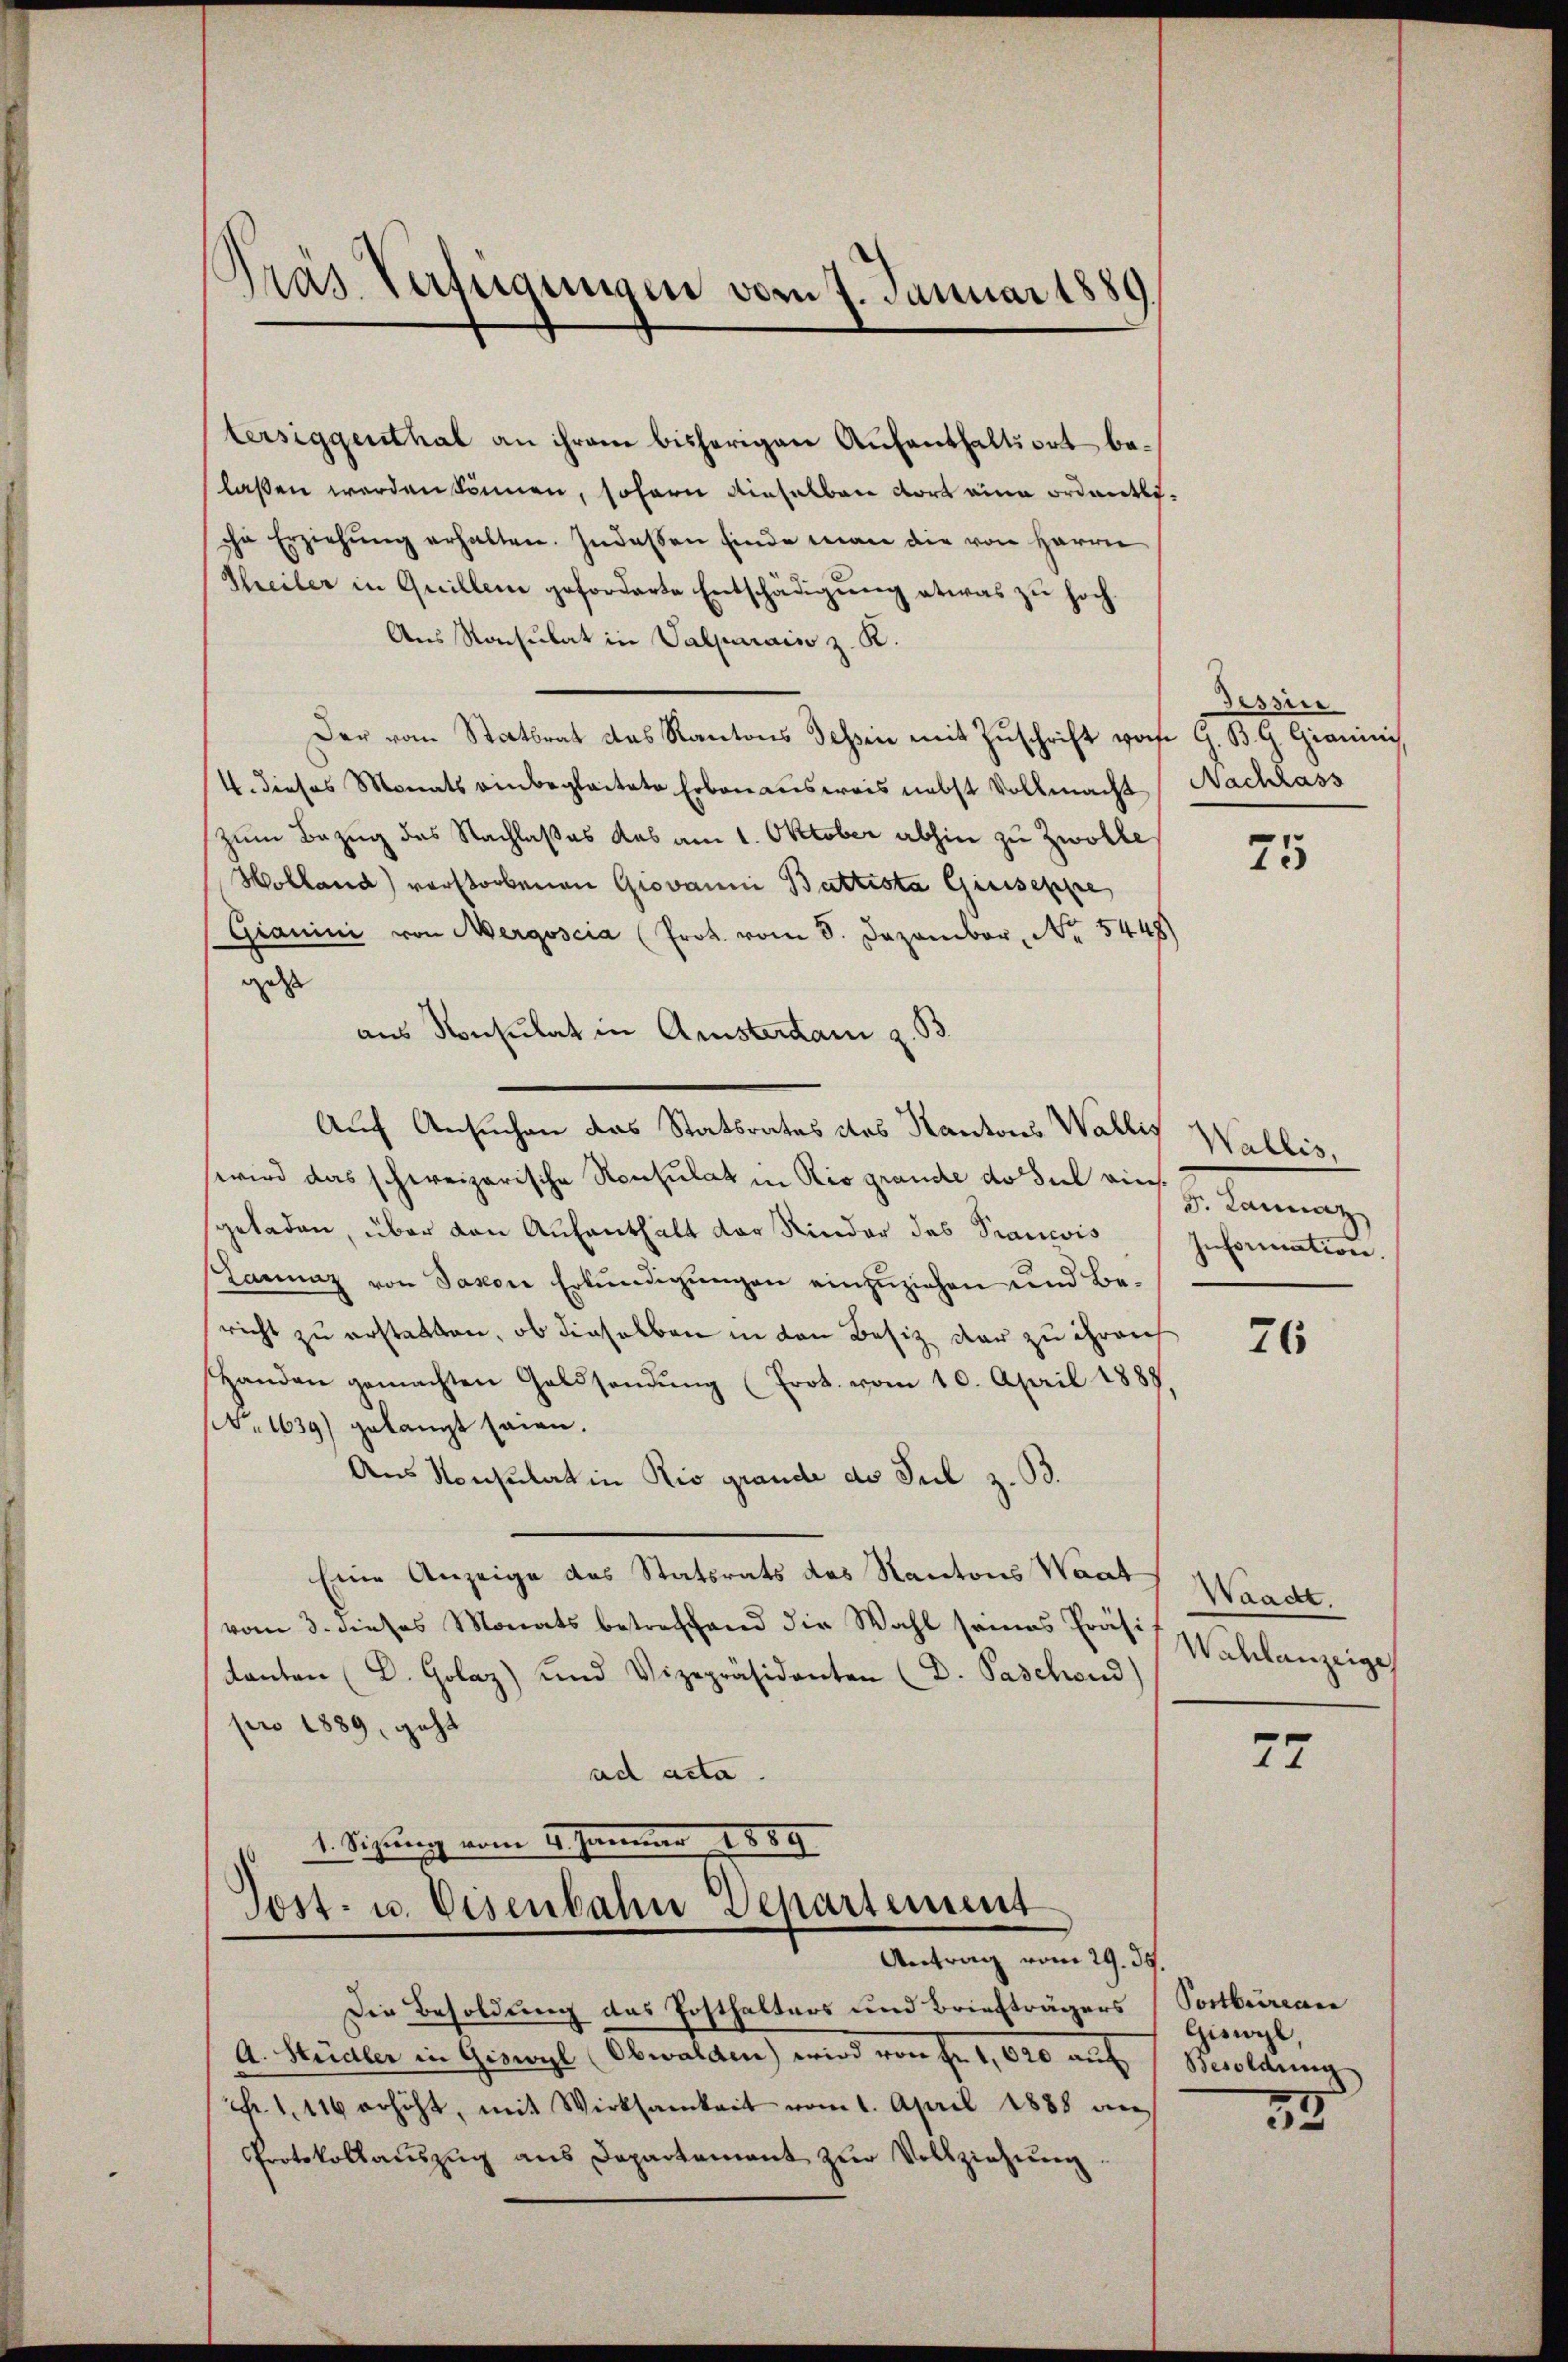
)
Das Verfügungen vom 7. Januar 1889.

tersiggenthal an ihrem bisherigen Aufenthaltort belaßen werden können, sofern dieselben dort eine ordentliche Erziehŭng erhalten. Indeßen Einde man die von Herrn
Theiler in Quillen geforderte Entschädigung etwas zu hoch¬
Aus Konsulat in Salparais z. R.
Der vom Statbrat das Kantons dessen mit Zuschrift von G. B. G. Gianini
4. dieses Monats einbegleitete Erbenausweis nebst Vollmacht
zum Bezug des Nachlaßes das am 1. Oktober abhin zu Zwolle
Holland) verstorbenen Giovanni Battesta Giuseppe,
Gianini von Mergoscia (Prok. vom 8. Dezember, No 5448)
gass
aus Konsulat in Amsterdam z. B.
Auch Ansuchen das Statsrates des Kantons Wallis
wird das schweizerische Konsulat in Rio grande de sul einsgeladen, über den Aufenthalt der Rinder des Prancois
Lannaz von Saxon Erkŭndigŭngen einzuziehen und Bericht zu erstatten, ob dieselben in den Besitz dar zu ihren
Handen gemachten Geldsendŭng (Erot. vom 10. April 1888
(Nr. 1639) gelangt seien.
Aus Konsulat in Rio grande des Jul z. B.
Eine Anzeige des Statsrats das Kantons Waat
vom 3. dieses Monats betreffend die Wahl seines Präsi
kanton (D. Golaz) und Vizepräsidenten (D. Paschend)
pro 1889, geht
ad acta.
1. Signung vom 2. Januar 1889
Post- u. Eisenbahn Separtement
Antrag vom 29. ds.
Die Besoldung das Posthalters und Briefträgers (Postbureau
A. Studler in Giswyl (Obwalden) wird von Fr. 1020 auf Besoldung
k. 111 erhöht, mit Wirksamkeit vom 1. April 1888 an
Protokollauszug aus Departement zŭr Vollziehung.

Sasser
Nachlass

25

Wallis,
Dr. Lannaz
Information.

26

Waadt.
Wahlanzeige

77

Giswyl,

55